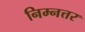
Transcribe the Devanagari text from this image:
निम्नत्तर